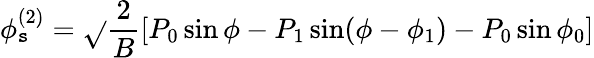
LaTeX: \phi_{\mathtt{s}}^{(2)}=\sqrt{}{{\frac{{2}}{{B}}[P_{0}\sin\phi-P_{1}\sin(\phi-\phi_{1})-P_{0}\sin\phi_{0}]}}